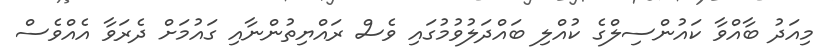
މިއަދު ބާއްވާ ކައުންސިލްގެ ކުއްލި ބައްދަލުވުމުގައި ވެސް ރައްޔިތުންނާއި ގައުމަށް ދެރަވާ އެއްވެސް